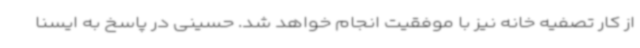
از کار تصفیه خانه نیز با موفقیت انجام خواهد شد. حسینی در پاسخ به ایسنا